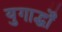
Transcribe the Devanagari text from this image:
युगार्द्धों